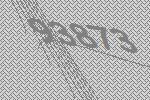
93873